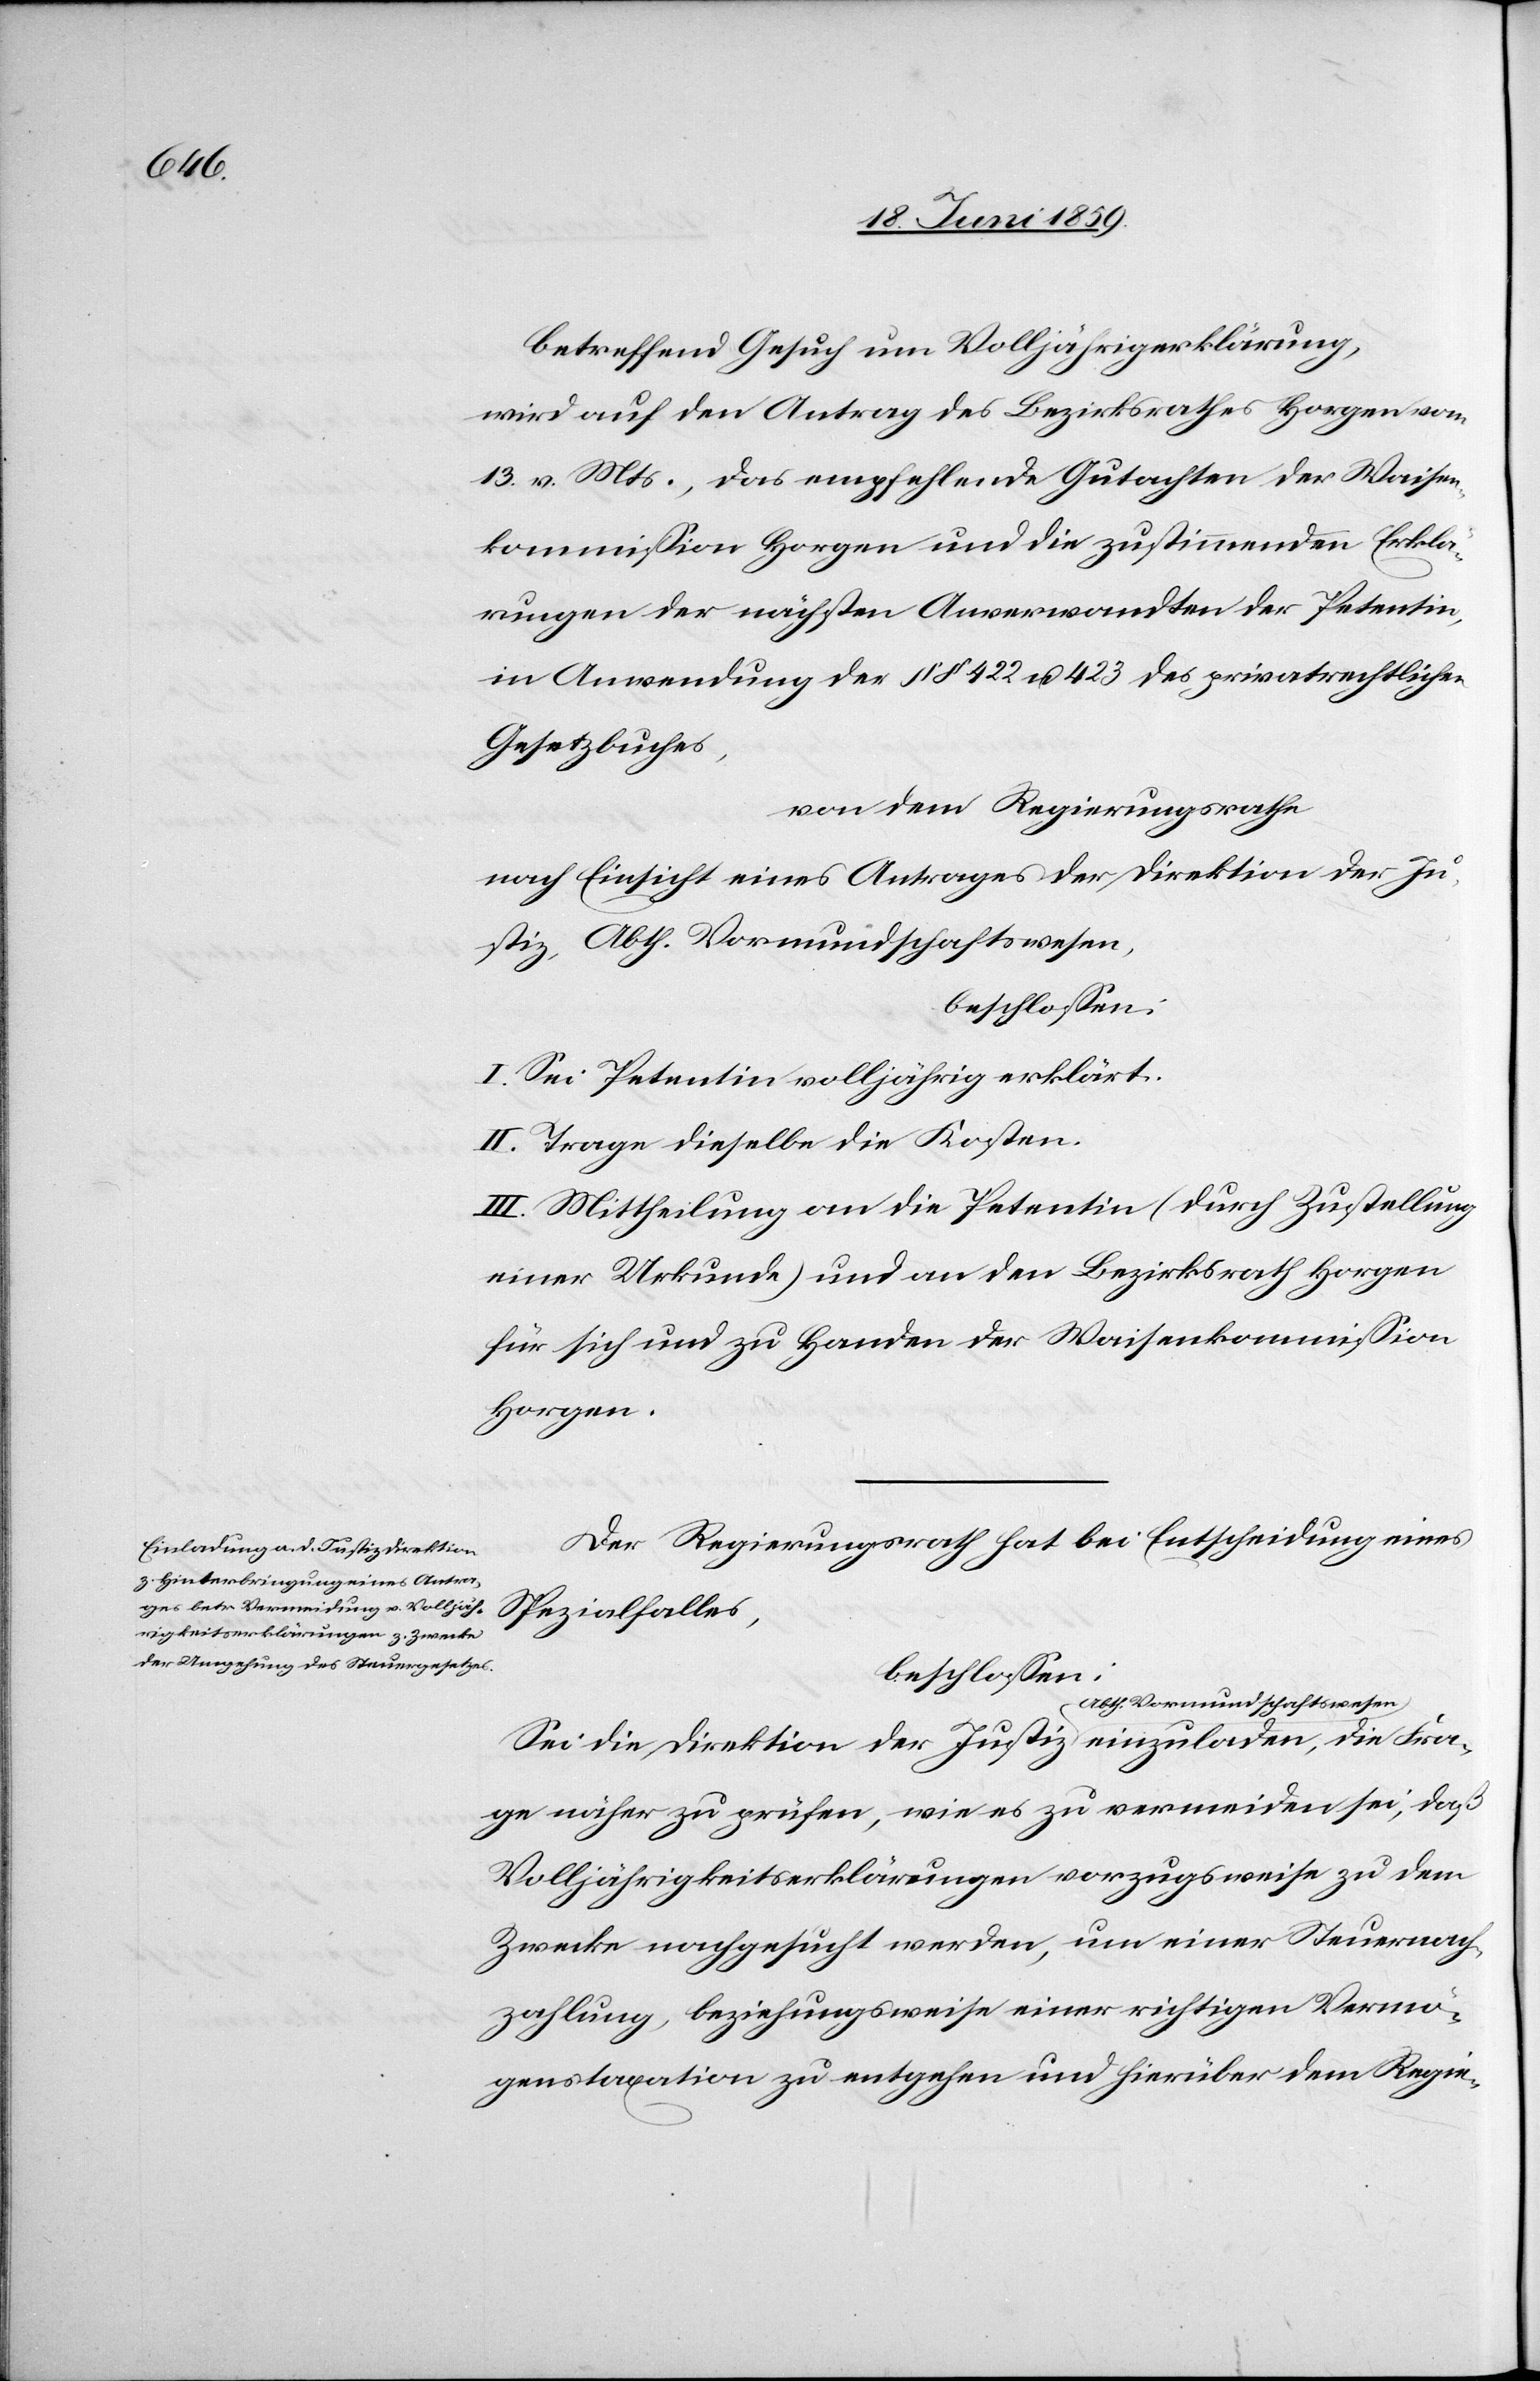
Fra¬

betreffend Gesuch um Volljährigerklärung,
wird auf den Antrag des Bezirksrathes Horgen vom
13. v. Mts., das empfehlende Gutachten der Waisen¬
kommission Horgen und die zustimmende Erklä¬
rungen der nächsten Anverwandten der Petentin,
in Anwendung der §§ 422 u. 423 des privatrechtlichen
Gesetzbuches,
von dem Regierungsrathe
nach Einsicht eines Antrages der Direktion der Ju¬
stiz, Abth. Vormundschaftswesen,
beschlossen:
I. Sei Petentin volljährig erklärt.
II. Trage dieselbe die Kosten.
III. Mittheilung an die Petentin (durch Zustellung
einer Urkunde) und an den Bezirksrath Horgen
für sich und zu Handen der Waisenkommission
Horgen.
Der Regierungsrath hat bei Entscheidung eines
Spezialfalles,
beschlossen:
Sei die Direktion der Justiz Abth. Vormundscha¬
ge näher zu prüfen, wie es zu vermeiden sei, daß
Volljährigkeitserklärungen vorzugsweise zu dem
Zwecke nachgesucht werden, um einer Steuernach¬
zahlung, beziehungsweise einer richtigen Vermö¬
genstaxation zu entgehen und hierüber dem Regie-